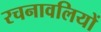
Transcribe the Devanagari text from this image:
रचनावलियों